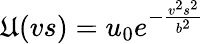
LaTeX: \mathfrak{U}(vs)=u_{0}e^{-\frac{{v^{2}s^{2}}}{{b^{2}}}}